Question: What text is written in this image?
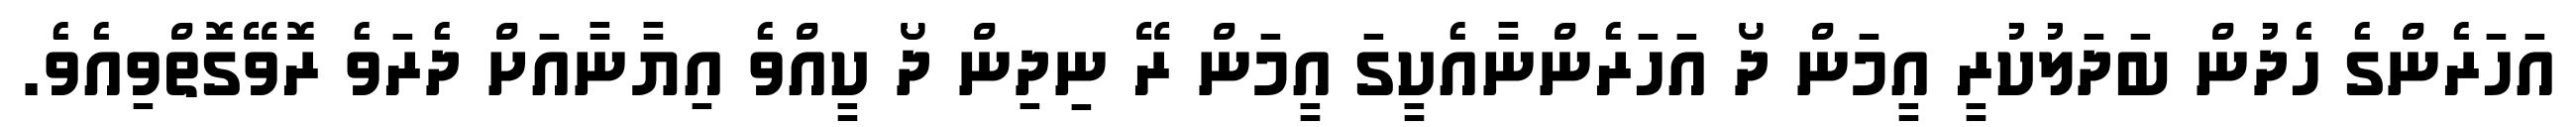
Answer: އަހަރެންގެ ހެދުން ބަދަލުކުރީ އީމަން ދޯ އަހަރެންނާއެކީގަ އީމަން ރޭ ނިދިން ދޯ ކީއްވެ އިޔާނާއަށް ދެރަވެ ރޮވޭގޮތްވިއެވެ.